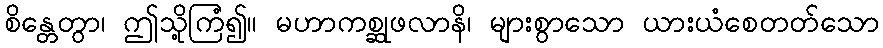
စိန္တေတွာ၊ ဤသို့ကြံ၍။ မဟာကစ္ဆုဖလာနိ၊ များစွာသော ယားယံစေတတ်သော